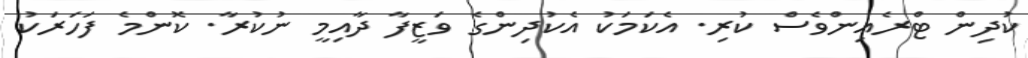
ކުދިން ޓްރެއިންވެސް ކުރި. އެކަމަކު އެކުދިންގެ ވަޒީފާ ދާއިމީ ނުކުރާ. ކޮންމެ ފަހަރަކު